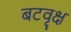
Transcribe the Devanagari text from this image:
बटवृक्ष